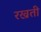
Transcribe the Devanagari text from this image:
रख्रती